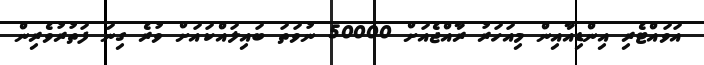
އަވައްޓެރި އިންޑިއާއިން މިއަހަރު ރާއްޖެއަށް 50000 ނުވަތަ ބައިލައްކައަށް ވުރެ ގިނަ ފަތުރުވެރިން